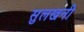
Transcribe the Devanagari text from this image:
सुलखनी